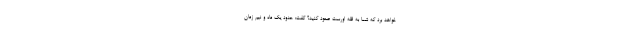
خواهد برد که شما به قله اورست صعود کنید؟ گفت: حدود یک ماه و نیم زمان